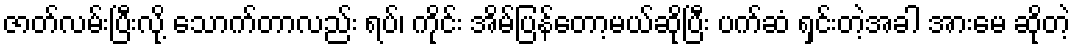
ဇာတ်လမ်းပြီးလို့ သောက်တာလည်း ရပ်၊ ကိုင်း အိမ်ပြန်တော့မယ်ဆိုပြီး ပက်ဆံ ရှင်းတဲ့အခါ အားမေ ဆိုတဲ့